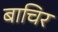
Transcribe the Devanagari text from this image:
बाचिर